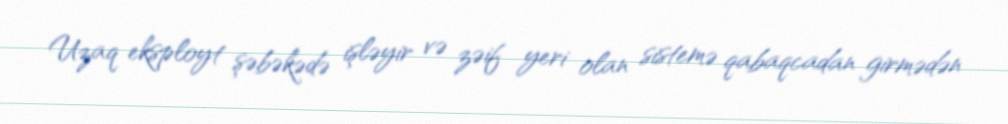
Uzaq eksployt şəbəkədə işləyir və zəif yeri olan sistemə qabaqcadan girmədən